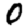
Digit: 0